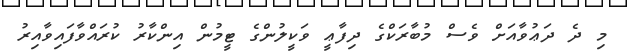
މި ދެ ދަޢުވާއަށް ވެސް މުބާރަކްގެ ދިފާޢީ ވަކީލުންގެ ޓީމުން އިންކާރު ކުރައްވާފައިވާއިރު